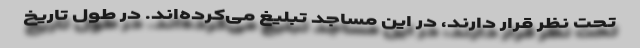
تحت نظر قرار دارند، در این مساجد تبلیغ می‌کرده‌اند. در طول تاریخ